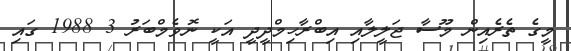
މީގެ ތެރެއިން މޫސާ ޖަލީލާއި އިބްރާހިމްދީދީ އަކީ ނޮވެމްބަރު 3 1988 ގައި